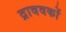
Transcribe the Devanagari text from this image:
द्राववकों